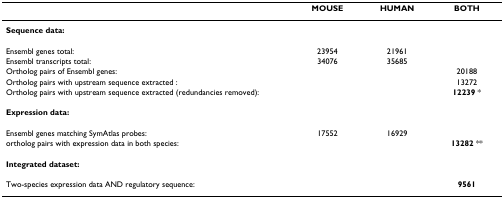
|  | MOUSE | HUMAN | BOTH |
 | --- | --- | --- | --- |
 | Sequence data: |  |  |  |
 | Ensembl genes total: | 23954 | 21961 |  |
 | Ensembl transcripts total: | 34076 | 35685 |  |
 | Ortholog pairs of Ensembl genes: |  |  | 20188 |
 | Ortholog pairs with upstream sequence extracted : |  |  | 13272 |
 | Ortholog pairs with upstream sequence extracted (redundancies removed): |  |  | 12239 * |
 | Expression data: |  |  |  |
 | Ensembl genes matching SymAtlas probes: | 17552 | 16929 |  |
 | ortholog pairs with expression data in both species: |  |  | 13282 ** |
 | Integrated dataset: |  |  |  |
 | Two-species expression data AND regulatory sequence: |  |  | 9561 |